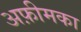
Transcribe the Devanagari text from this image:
अफ़ीमका